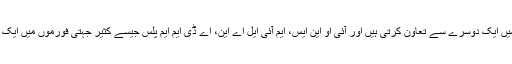
ہندوستان اور ملیشیا کی شاہی بحریہ تربیت، پیسج ایکسرسائز میں ایک دوسرے سے تعاون کرتی ہیں اور آئی او این ایس، ایم آئی ایل اے این، اے ڈی ایم ایم پلس جیسے کثیر جہتی فورموں میں ایک دوسرے کے ساتھ تعاون کے علاوہ تبادلہ خیال بھی کرتی ہیں۔